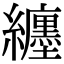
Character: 纒